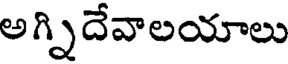
అగ్నిదేవాలయాలు